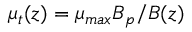
\mu _ { t } ( z ) = \mu _ { m a x } B _ { p } / B ( z )